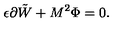
\epsilon \partial \tilde { W } + M ^ { 2 } \Phi = 0 .